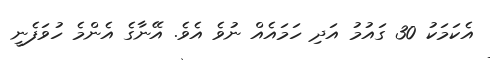
އެކަމަކު 30 ގައުމު އަދި ހަމައެއް ނުވެ އެވެ. އޭނާގެ އެންމެ ހުވަފެނީ